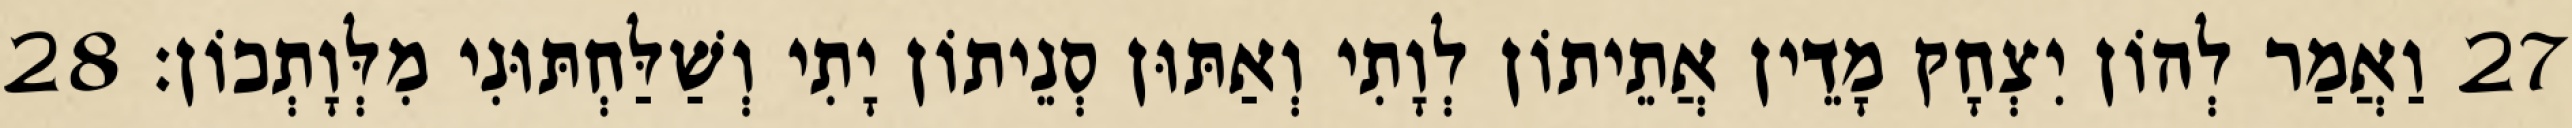
27 וַאֲמַר לְהוֹן יִצְחָק מָדֵין אֲתֵיתוֹן לְוָתִי וְאַתּוּן סְנֵיתוֹן יָתִי וְשַׁלַּחְתּוּנִי מִלְּוָתְכוֹן׃ 28